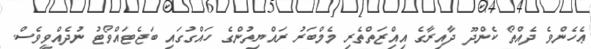
ޢެހެންވެ ދެއްތޯ ކެންދޫ ދާއިރާގެ އިއިްޒަތްތެރި މެމްބަރު ރައްޔިތުންގެ ހައްގުގައި ބަޖެޓައްވޯޓު ނުދެއްވީވެސް.